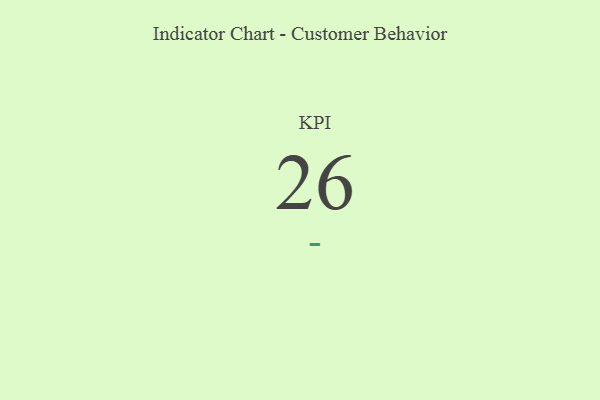
{"axis": {"x": "KPI", "y": "Value"}, "legend": [""], "data": [{"x": "KPI", "y": 26, "type": ""}]}